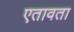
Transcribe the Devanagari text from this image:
एतावता